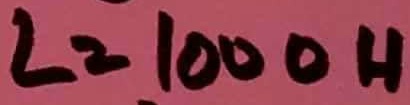
Text: L=1000H